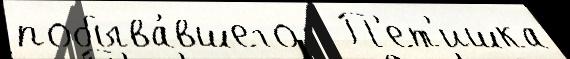
побыва́вшего   П'ет'ишка